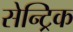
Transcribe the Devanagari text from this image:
सेन्ट्रिक